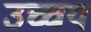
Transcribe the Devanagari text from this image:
उच्चय